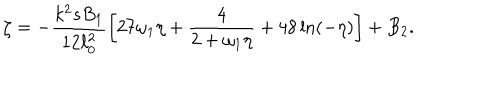
LaTeX: \zeta = - \frac { k ^ { 2 } s B _ { 1 } } { 1 2 \ell _ { 0 } ^ { 2 } } \biggl [ 2 7 \omega _ { 1 } \eta + \frac { 4 } { 2 + \omega _ { 1 } \eta } + 4 8 \ln ( - \eta ) \biggr ] + B _ { 2 } .